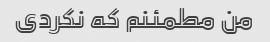
من مطمئنم که نکردی